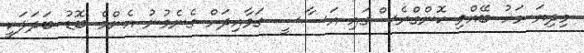
މިދިޔަ މަހު ބޭއްވި ކޮންގްރެސްގައި އަސާސީ ގަވާއިދަށް ގެނެވުނު އެންމެ ބޮޑު ބަދަލަކީ